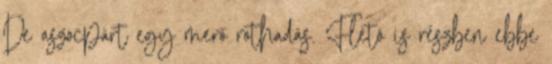
De aszocpárt egy merő rothadás. Fletó is részben ebbe